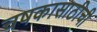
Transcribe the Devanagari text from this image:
चषकासाठीची